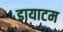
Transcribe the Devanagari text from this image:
डायाटम